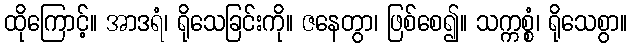
ထိုကြောင့်။ အာဒရံ၊ ရိုသေခြင်းကို။ ဇနေတွာ၊ ဖြစ်စေ၍။ သက္ကစ္စံ၊ ရိုသေစွာ။